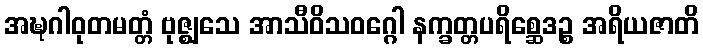
အဍ္ဎဂါဝုတမတ္တံ ဗုဇ္ဈသေ အာသီဝိသဝဂ္ဂေါ နက္ခတ္တပရိစ္ဆေဒဉ္စ အရိယဇာတိ